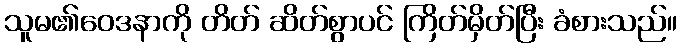
သူမ၏ဝေဒနာကို တိတ် ဆိတ်စွာပင် ကြိတ်မှိတ်ပြီး ခံစားသည်။